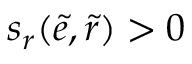
s _ { r } ( \tilde { e } , \tilde { r } ) > 0